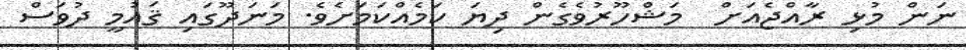
ނަން މުޅި ރާއްޖެއަށް  މަޝްހޫރުވެގެން ދިޔަ ކަމެއްކަމަށެވެ. މަނަދޫގައި ޤައުމީ ދުވަސް